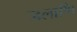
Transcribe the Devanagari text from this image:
जलाणि